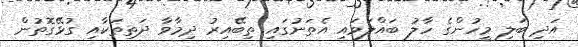
އަދި ބަލި މީހުންގެ ހާލު ބައްލަވައި އެތަނުގައި ތިބޭއިރު ދިމާވާ ދަތިތަކާއި ގުޅޭގޮތުން